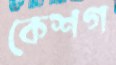
কেশগ